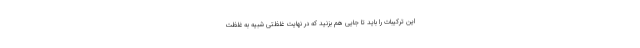
این ترکیبات را باید تا جایی هم بزنید که در نهایت غلظتی شبیه به غلظت